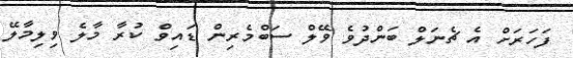
ފަހަރަށް އެ ޗެނަލް ބަންދުވެ ވޭލް ސަބްމެރިން ޑައިވް ކުރާ މާލެ ވިލިމާލޭ